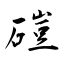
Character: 磑